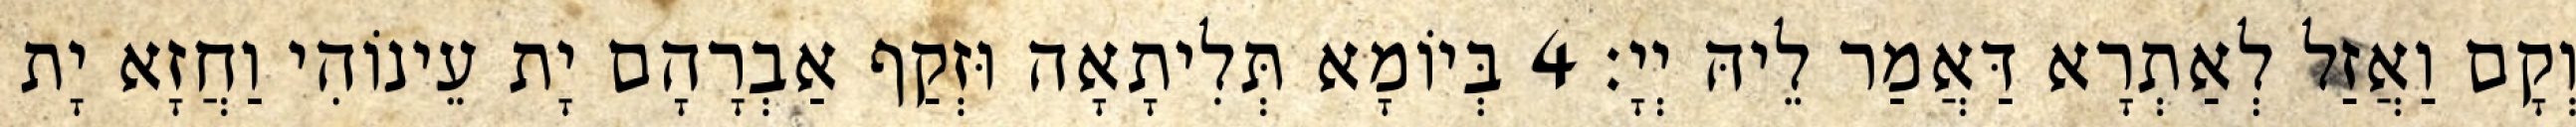
וְקָם וַאֲזַל לְאַתְרָא דַּאֲמַר לֵיהּ יְיָ׃ 4 בְּיוֹמָא תְּלִיתָאָה וּזְקַף אַבְרָהָם יָת עֵינוֹהִי וַחֲזָא יָת